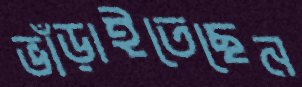
ভাঁড়াইতেছেন